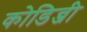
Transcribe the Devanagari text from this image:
कोडिन्जी